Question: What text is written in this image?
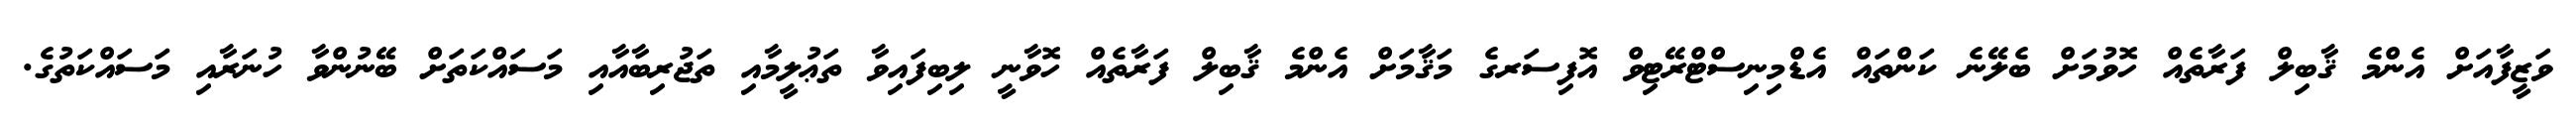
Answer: ވަޒީފާއަށް އެންމެ ޤާބިލް ފަރާތެއް ހޮވުމަށް ބެލޭނެ ކަންތައް އެޑްމިނިސްޓްރޭޓިވް އޮފިސަރގެ މަޤާމަށް އެންމެ ޤާބިލް ފަރާތެއް ހޮވާނީ ލިބިފައިވާ ތަޢުލީމާއި ތަޖުރިބާއާއި މަސައްކަތަށް ބޭނުންވާ ހުނަރާއި މަސައްކަތުގެ.